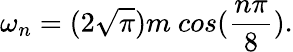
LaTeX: \omega_{n}=(2\sqrt{\pi})m\ cos(\frac{n\pi}{8}).